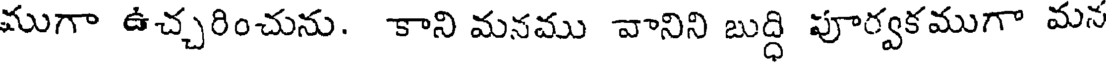
ముగా ఉచ్చరించును. కాని మనము వానిని బుద్ధి పూర్వకముగా మన